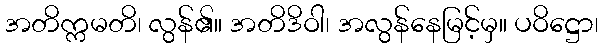
အတိက္ကမတိ၊ လွန်၏။ အတိဒိဝါ၊ အလွန်နေမြင့်မှ။ ပဝိဋ္ဌော၊